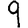
Digit: 9